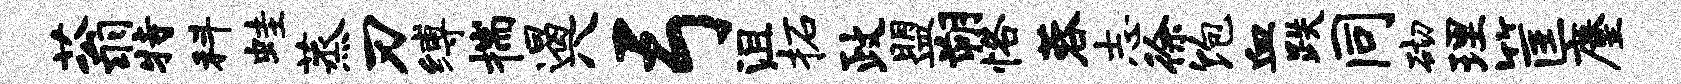
蓊特科蛙蒸刃缚揣遏八弓沮柘政盟朔恪蓉志徐饱血跌同砌理筐麈